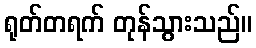
ရုတ်တရက် တုန်သွားသည်။